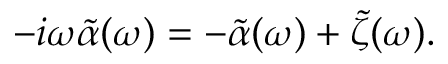
- i \omega \tilde { \alpha } ( \omega ) = - \tilde { \alpha } ( \omega ) + \tilde { \zeta } ( \omega ) .